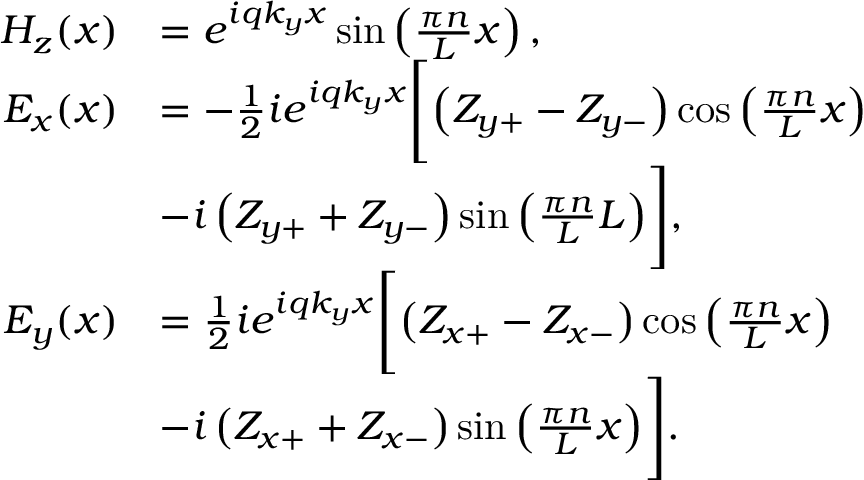
\begin{array} { r l } { H _ { z } ( x ) } & { = e ^ { i q k _ { y } x } \sin \left( \frac { \pi n } { L } x \right) , } \\ { E _ { x } ( x ) } & { = - \frac { 1 } { 2 } i e ^ { i q k _ { y } x } \Biggl [ \left( Z _ { y + } - Z _ { y - } \right) \cos \left( \frac { \pi n } { L } x \right) } \\ & { - i \left( Z _ { y + } + Z _ { y - } \right) \sin \left( \frac { \pi n } { L } L \right) \Biggr ] , } \\ { E _ { y } ( x ) } & { = \frac { 1 } { 2 } i e ^ { i q k _ { y } x } \Biggl [ \left( Z _ { x + } - Z _ { x - } \right) \cos \left( \frac { \pi n } { L } x \right) } \\ & { - i \left( Z _ { x + } + Z _ { x - } \right) \sin \left( \frac { \pi n } { L } x \right) \Biggr ] . } \end{array}